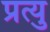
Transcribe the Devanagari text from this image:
प्रत्यु